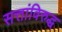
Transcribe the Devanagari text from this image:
सत्तांविरुद्ध